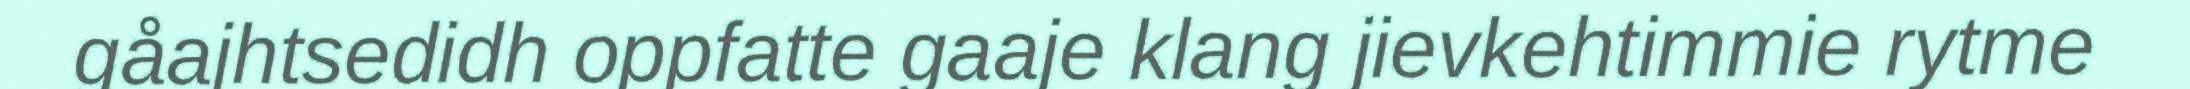
gåajhtsedidh oppfatte gaaje klang jievkehtimmie rytme